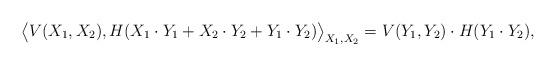
LaTeX: \begin{align*} \big\langle V(X_1,X_2), H(X_1\cdot Y_1 + X_2\cdot Y_2 + Y_1\cdot Y_2)\big\rangle_{X_1, X_2} = V(Y_1,Y_2) \cdot H(Y_1\cdot Y_2), \end{align*}